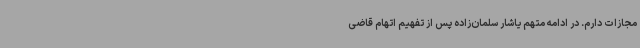
مجازات دارم. در ادامه متهم یاشار سلمان‌زاده پس از تفهیم اتهام قاضی